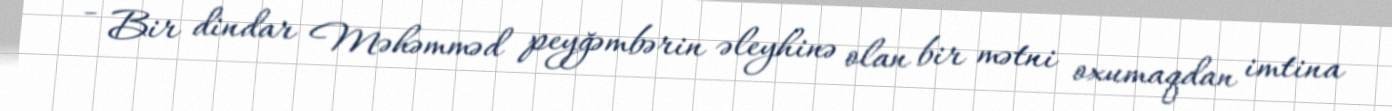
- Bir dindar Məhəmməd peyğəmbərin əleyhinə olan bir mətni oxumaqdan imtina